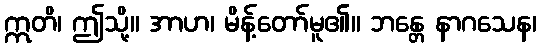
ဣတိ၊ ဤသို့။ အာဟ၊ မိန့်တော်မူ၏။ ဘန္တေ နာဂသေန၊